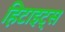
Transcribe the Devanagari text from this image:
हिटाइट्स